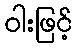
ဝါးဖြင့်